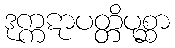
ဒုက္ကဋာပတ္တိပုစ္ဆာ